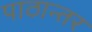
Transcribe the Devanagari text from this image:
पाठान्तर